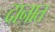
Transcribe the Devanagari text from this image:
दानात